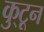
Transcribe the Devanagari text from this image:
कु्टून